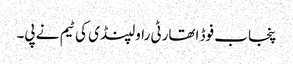
پنجاب فوڈ اتھارٹی راولپنڈی کی ٹیم نے پی۔